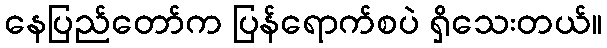
နေပြည်တော်က ပြန်ရောက်စပဲ ရှိသေးတယ်။